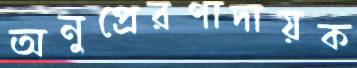
অনুপ্রেরণাদায়ক